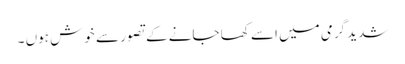
شدید گرمی میں اسے کھا جانے کے تصور سے خوش ہوں ۔